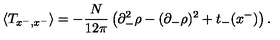
\langle T _ { x ^ { - } , x ^ { - } } \rangle = - \frac { N } { 1 2 \pi } \left( \partial _ { - } ^ { 2 } \rho - ( \partial _ { - } \rho ) ^ { 2 } + t _ { - } ( x ^ { - } ) \right) .